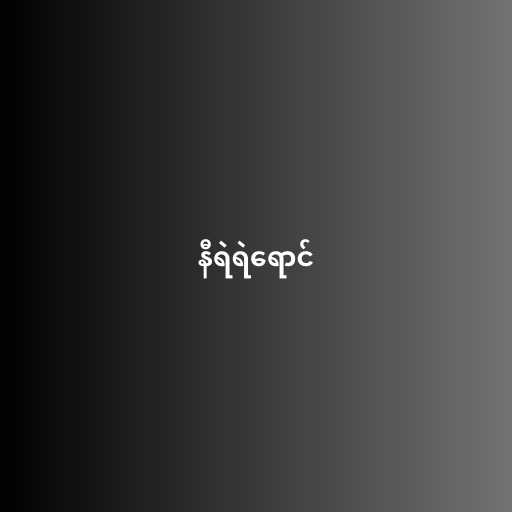
နီရဲရဲရောင်